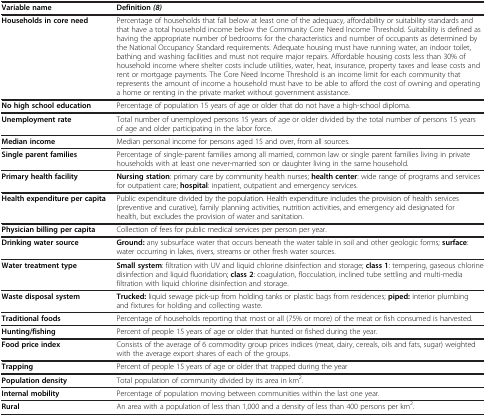
| Variable name | Definition(8) |
 | --- | --- |
 | Households in core need | Percentage of households that fall below at least one of the adequacy, affordability or suitability standards and that have a total household income below the Community Core Need Income Threshold. Suitability is defined as having the appropriate number of bedrooms for the characteristics and number of occupants as determined by the National Occupancy Standard requirements. Adequate housing must have running water, an indoor toilet, bathing and washing facilities and must not require major repairs. Affordable housing costs less than 30% of household income where shelter costs include utilities, water, heat, insurance, property taxes and lease costs and rent or mortgage payments. The Core Need Income Threshold is an income limit for each community that represents the amount of income a household must have to be able to afford the cost of owning and operating a home or renting in the private market without government assistance. |
 | No high school education | Percentage of population 15 years of age or older that do not have a high-school diploma. |
 | Unemployment rate | Total number of unemployed persons 15 years of age or older divided by the total number of persons 15 years of age and older participating in the labor force. |
 | Median income | Median personal income for persons aged 15 and over, from all sources. |
 | Single parent families | Percentage of single-parent families among all married, common law or single parent families living in private households with at least one never-married son or daughter living in the same household. |
 | Primary health facility | Nursing station: primary care by community health nurses; health center: wide range of programs and services for outpatient care; hospital: inpatient, outpatient and emergency services. |
 | Health expenditure per capita | Public expenditure divided by the population. Health expenditure includes the provision of health services (preventive and curative), family planning activities, nutrition activities, and emergency aid designated for health, but excludes the provision of water and sanitation. |
 | Physician billing per capita | Collection of fees for public medical services per person per year. |
 | Drinking water source | Ground: any subsurface water that occurs beneath the water table in soil and other geologic forms; surface: water occurring in lakes, rivers, streams or other fresh water sources. |
 | Water treatment type | Small system: filtration with UV and liquid chlorine disinfection and storage; class 1: tempering, gaseous chlorine disinfection and liquid fluoridation; class 2: coagulation, flocculation, inclined tube settling and multi-media filtration with liquid chlorine disinfection and storage. |
 | Waste disposal system | Trucked: liquid sewage pick-up from holding tanks or plastic bags from residences; piped: interior plumbing and fixtures for holding and collecting waste. |
 | Traditional foods | Percentage of households reporting that most or all (75% or more) of the meat or fish consumed is harvested. |
 | Hunting/fishing | Percent of people 15 years of age or older that hunted or fished during the year. |
 | Food price index | Consists of the average of 6 commodity group prices indices (meat, dairy, cereals, oils and fats, sugar) weighted with the average export shares of each of the groups. |
 | Trapping | Percent of people 15 years of age or older that trapped during the year |
 | Population density | Total population of community divided by its area in km2. |
 | Internal mobility | Percentage of population moving between communities within the last one year. |
 | Rural | An area with a population of less than 1,000 and a density of less than 400 persons per km2. |